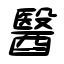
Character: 醫